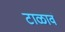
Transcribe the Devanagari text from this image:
टाळावं